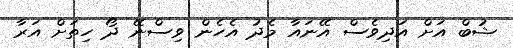
ޝުބް އަށް އަދިވެސް އޭނައާ މެދު އެހެން ވިސްނޭ ދޯ ހިތަށް އަރާ